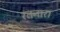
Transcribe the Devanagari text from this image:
रतनार।